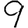
Digit: 9